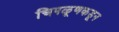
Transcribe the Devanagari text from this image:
चिपळूणकडून